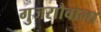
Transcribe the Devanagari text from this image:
गुजराौवाला